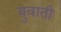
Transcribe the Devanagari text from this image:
युवाती